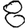
Digit: 8